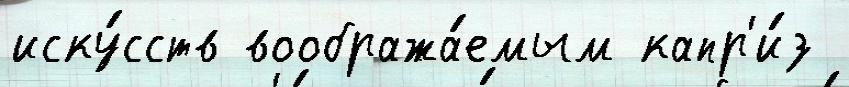
иску́сств вообража́емым капр'и́з